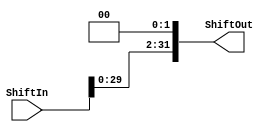
module Shift(ShiftIn, ShiftOut);

    input [31:0] ShiftIn;
    output [31:0] ShiftOut;


    assign ShiftOut = ShiftIn << 2;


endmodule